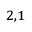
^ { 2 , 1 }